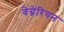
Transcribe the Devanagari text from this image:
वेग्नेरियन